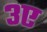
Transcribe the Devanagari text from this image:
३ए